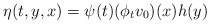
\begin{align*}\eta(t,y,x) = \psi(t)(\phi_t v_0)(x) h(y)\quad\end{align*}